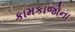
કામકાજોના